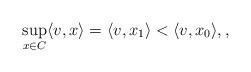
LaTeX: \begin{align*}\sup_{x\in C} \langle v, x\rangle=\langle v, x_1\rangle<\langle v, x_0\rangle,,\end{align*}